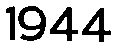
1944